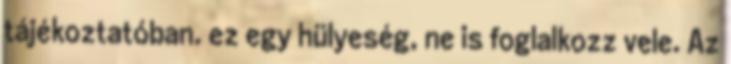
tájékoztatóban. ez egy hülyeség, ne is foglalkozz vele. Az